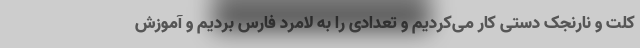
کلت و نارنجک دستی کار می‌کردیم و تعدادی را به لامرد فارس بردیم و آموزش